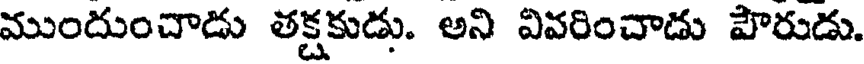
ముందుంచాడు తక్షకుడు. అని వివరించాడు పౌరుడు.